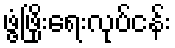
ဖွံ့ဖြိုးရေးလုပ်ငန်း